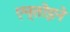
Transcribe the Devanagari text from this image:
एन्तोइने